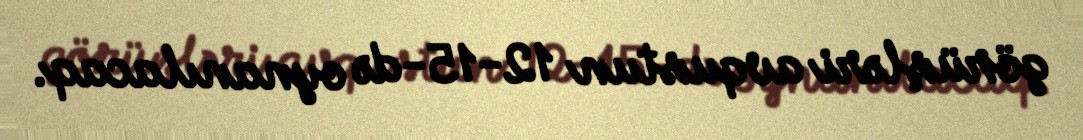
görüşləri avqustun 12-15-də oynanılacaq.